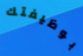
بوظيفتك